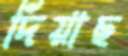
দিয়াছ